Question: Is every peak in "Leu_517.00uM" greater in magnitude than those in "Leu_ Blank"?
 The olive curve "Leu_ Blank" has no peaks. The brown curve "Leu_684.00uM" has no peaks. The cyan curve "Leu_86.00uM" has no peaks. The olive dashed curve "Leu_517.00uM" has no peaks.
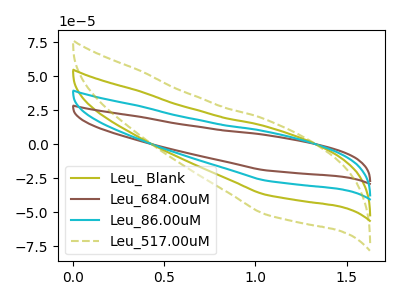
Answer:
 <answer>Niether CV has any peaks.</answer>
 <eval>blanks</eval>